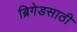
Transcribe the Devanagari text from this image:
ब्रिगेडसाठी